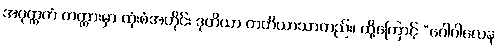
အဝုတ္တကံ ကတ္တားမှာ ထုံးစံအတိုင်း ဒုတိယာ တတိယာသာတည်း၊ ထို့ကြောင့် “ဂေါပါလေန